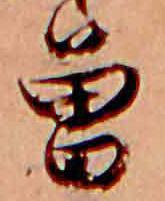
曽